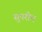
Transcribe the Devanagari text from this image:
सुपरीम